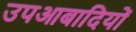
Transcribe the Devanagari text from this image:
उपआबादियों